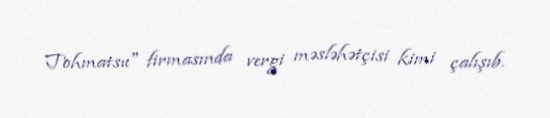
Tohmatsu" firmasında vergi məsləhətçisi kimi çalışıb.